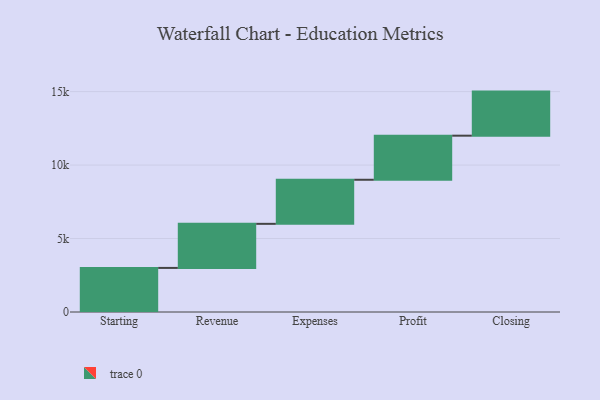
{"axis": {"x": "Step", "y": "Value"}, "legend": [""], "data": [{"x": "Starting", "y": 3000, "type": ""}, {"x": "Revenue", "y": 3000, "type": ""}, {"x": "Expenses", "y": 3000, "type": ""}, {"x": "Profit", "y": 3000, "type": ""}, {"x": "Closing", "y": 3000, "type": ""}]}